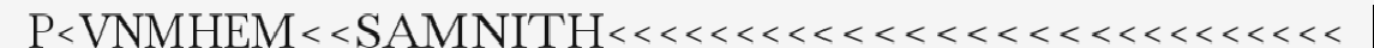
P<VNMHEM<<SAMNITH<<<<<<<<<<<<<<<<<<<<<<<<<<<